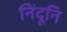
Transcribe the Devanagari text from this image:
निंदूनि